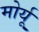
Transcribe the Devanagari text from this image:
मोर्यू